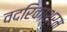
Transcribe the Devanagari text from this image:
वदरिकाश्रम